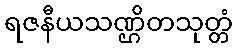
ရဇနီယသဏ္ဌိတသုတ္တံ